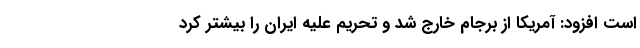
است افزود: آمریکا از برجام خارج شد و تحریم علیه ایران را بیشتر کرد